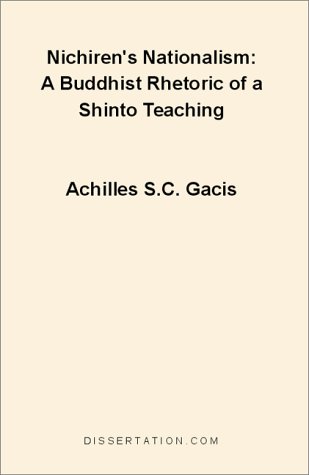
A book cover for Nichiren's Nationalism: A Buddhist Rhetoric of a Shinto Teaching; Achilles S. C. Gacis; Religion & Spirituality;